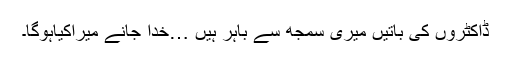
ڈاکٹروں کی باتیں میری سمجھ سے باہر ہیں …خدا جانے میراکیاہوگا۔